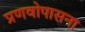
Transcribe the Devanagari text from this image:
प्रणवोपासना